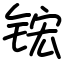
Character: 𬭎